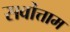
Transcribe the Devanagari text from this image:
सर्वोत्ताम